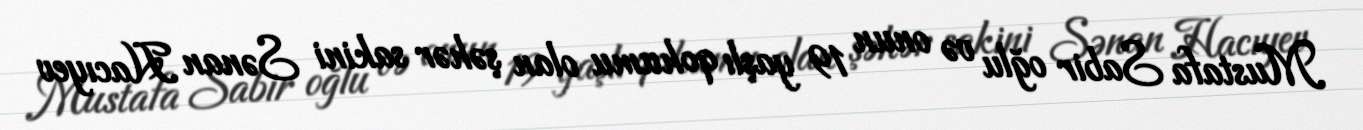
Mustafa Sabir oğlu və onun 19 yaşlı qohumu olan şəhər sakini Sənan Hacıyev